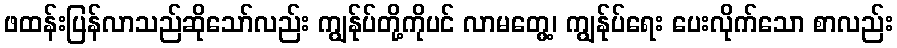
ဖထန်းပြန်လာသည်ဆိုသော်လည်း ကျွန်ုပ်တို့ကိုပင် လာမတွေ့၊ ကျွန်ုပ်ရေး ပေးလိုက်သော စာလည်း